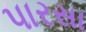
પારસા